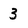
Character: 3